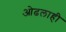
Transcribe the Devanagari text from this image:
ओढलाही